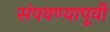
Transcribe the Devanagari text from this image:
संपवण्यापूर्वी